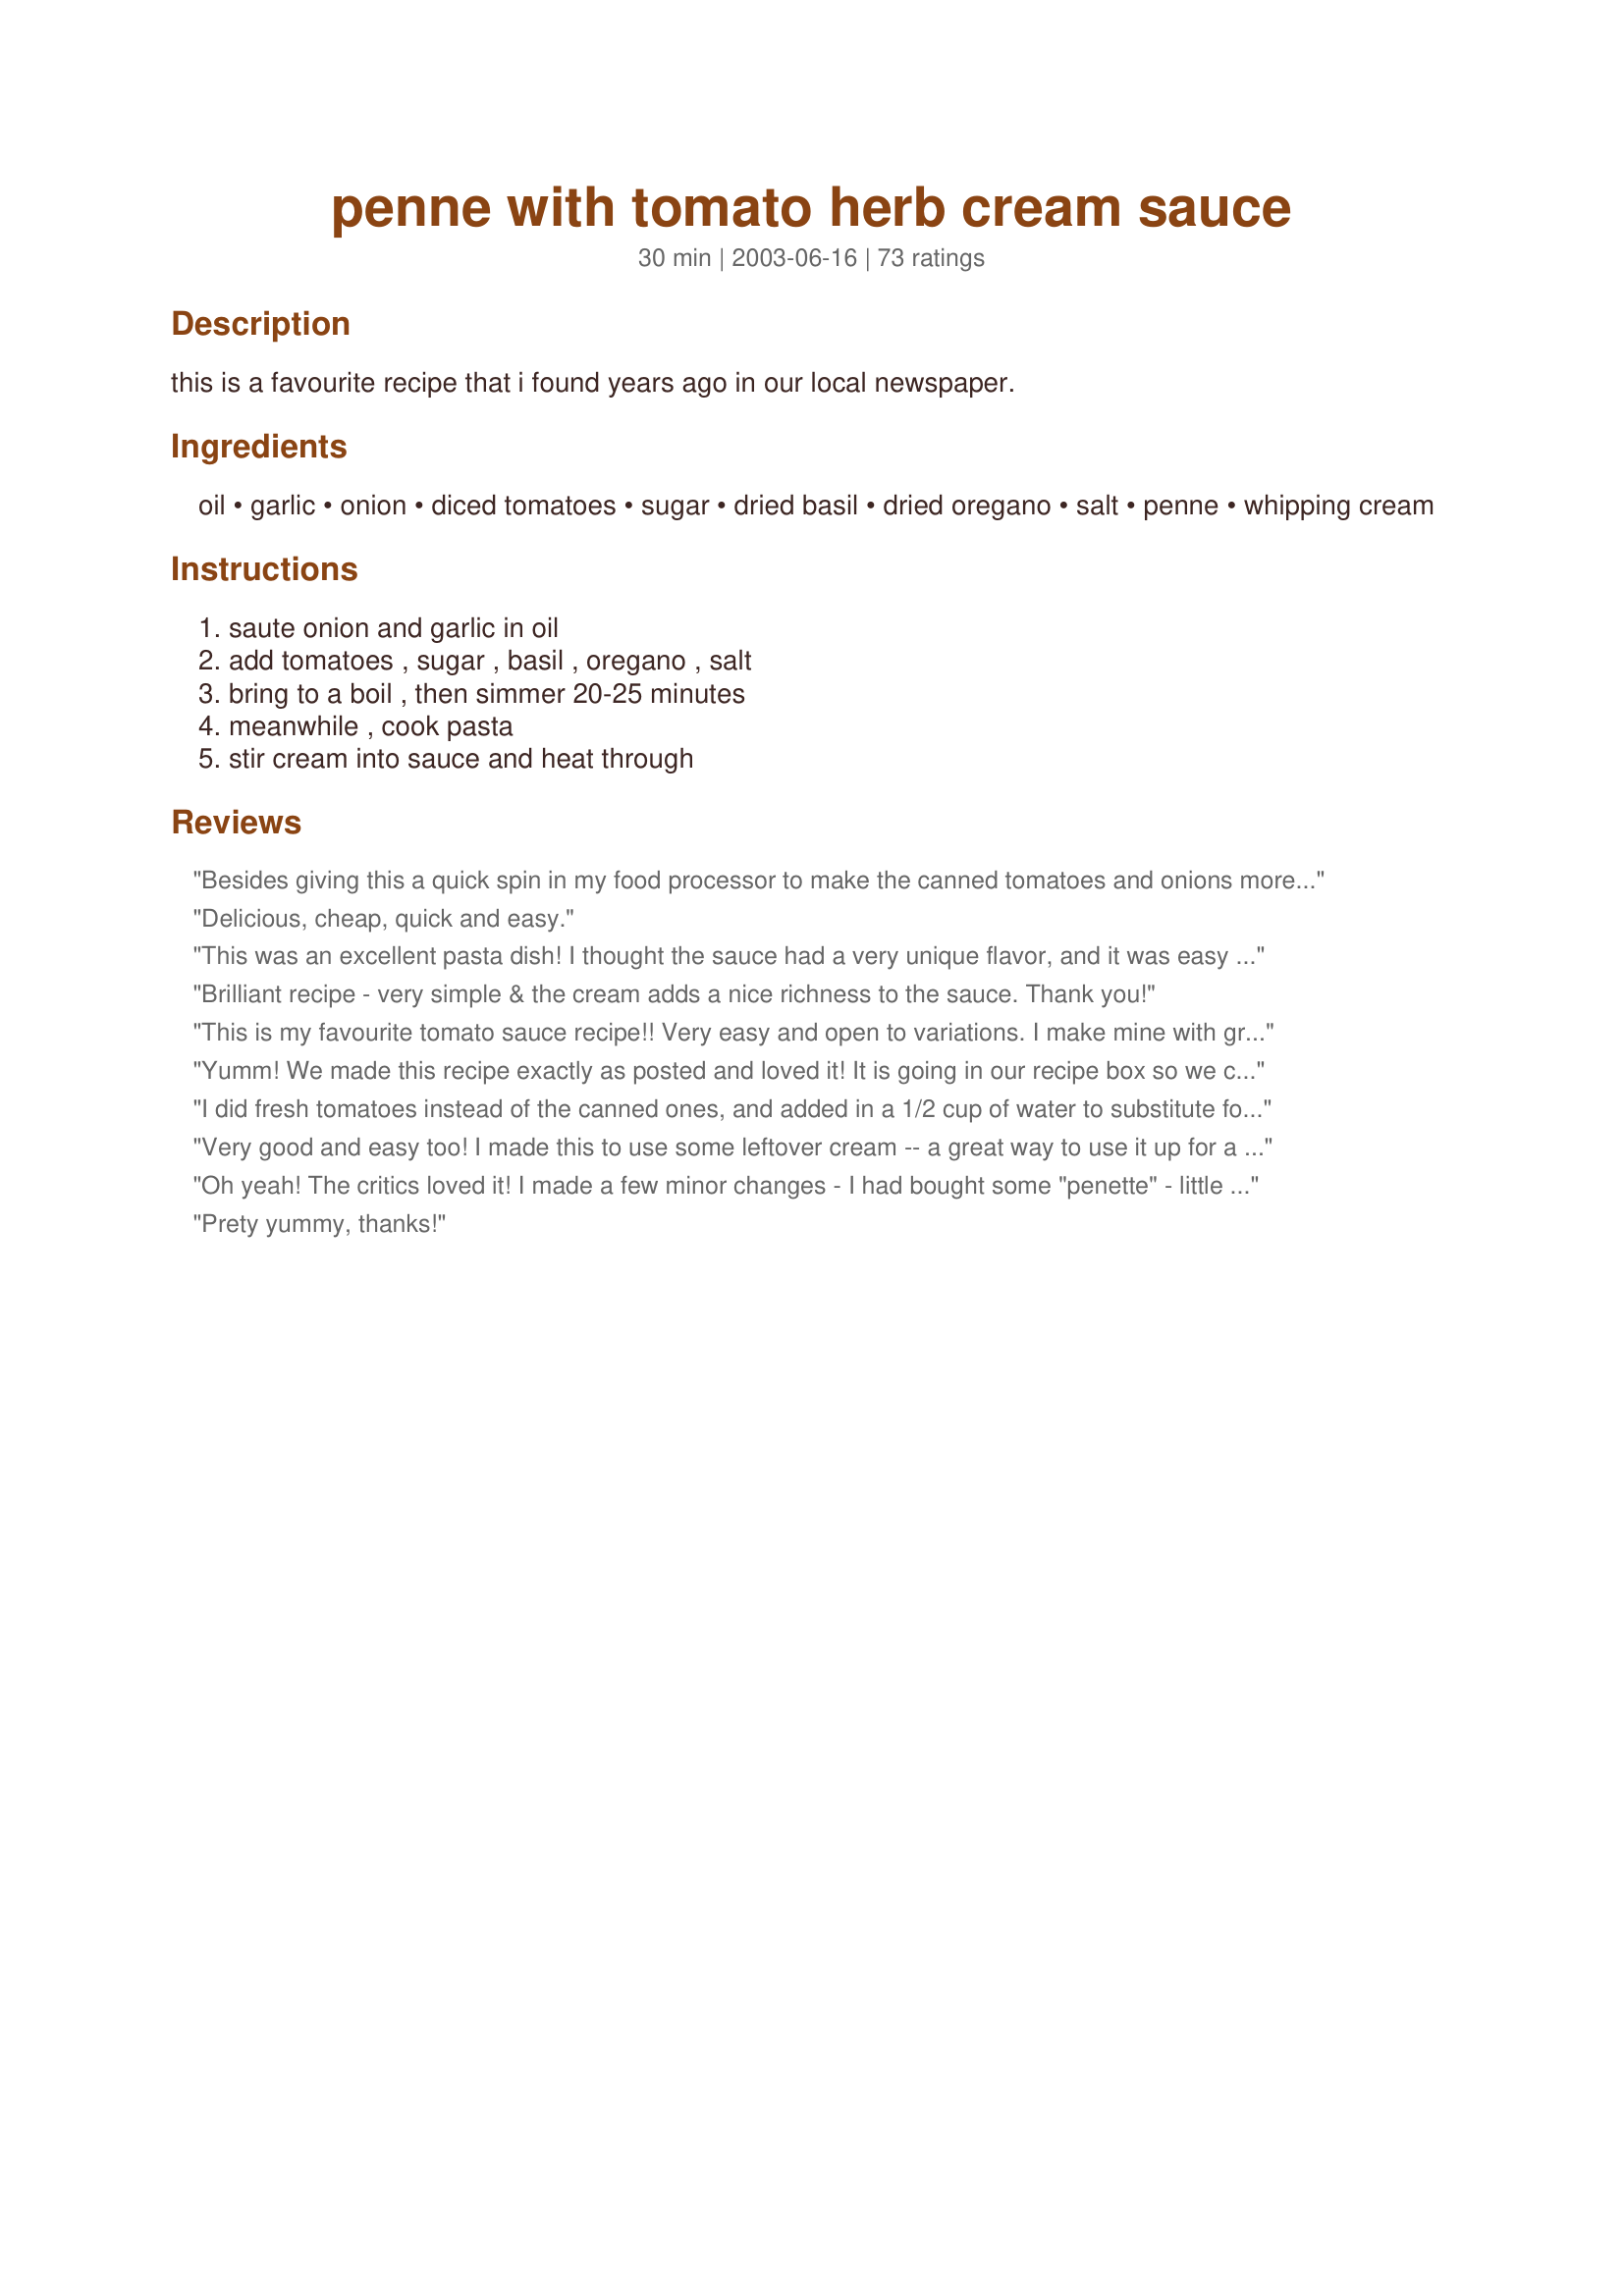
penne with tomato herb cream sauce
Preparation time: 30 minutes

this is a favourite recipe that i found years ago in our local newspaper.

Ingredients:
oil, garlic, onion, diced tomatoes, sugar, dried basil, dried oregano, salt, penne, whipping cream

Steps:
saute onion and garlic in oil, add tomatoes , sugar , basil , oregano , salt, bring to a boil , then simmer 20-25 minutes, meanwhile , cook pasta, stir cream into sauce and heat through

Reviews:
Besides giving this a quick spin in my food processor to make the canned tomatoes and onions more uniform in size, I left out the 1/2 tsp salt because DH is watching sodium intake, and I only put whole milk (instead of heavy cream) in 1/2 of the recipe, then did a taste test. YUMMY! I like it better with milk and, wouldn't you know, DH likes it better without. Neither of us missed the salt at all. We only got about four servings of sauce -- guess we're more generous than other folks -- but there was plenty of pasta for our young boys who prefer their noodles plain. I'll make this often on "Meatless Mondays." 
Update: Just realized I only used 14.5 oz of tomatoes. No wonder I had less sauce! Still yummy, anyway!
Delicious, cheap, quick and easy.
This was an excellent pasta dish! I thought the sauce had a very unique flavor, and it was easy to make. I will definitely keep this one around! Thank you, Lucy, for sharing such a great recipe!
Brilliant recipe - very simple & the cream adds a nice richness to the sauce. Thank you!
This is my favourite tomato sauce recipe!! Very easy and open to variations. I make mine with ground beef, sauted onions, and mushrooms. Everyone I've made it for says it's the best they've ever had. Thanks lucy k!
Yumm! We made this recipe exactly as posted and loved it! It is going in our recipe box so we can make it again and again. Thanks for posting such a wonderful recipe!
I did fresh tomatoes instead of the canned ones, and added in a 1/2 cup of water to substitute for the canned stuff. I did everything else as directed, but substituted whole milk for the heavy cream. I also put parmesan on top.

It tasted ok, but kind of bland (until I put some more parmesan on and some more salt). It also came out watery. I guess I shouldn't have added water and actually used cream instead of whole milk. I'll have to try again and follow the recipe this time.

Otherwise easy to make and fairly healthy!
Very good and easy too! I made this to use some leftover cream -- a great way to use it up for a very enjoyable dinner. Next time I may use a blender to make a smoother sauce but great just the way it is. Thanks for posting!
Oh yeah! The critics loved it!
I made a few minor changes - I had bought some "penette" - little penne, so I used 1 can petite diced tomatoes. The rest according to the recipe, until I tasted it after I added the cream. Added a little more cream, a little more oregano, a chicken boullion cube, and a little Parmesan. It passed all taste tests here! My idea is to make it as a main course some night with bread and a salad. Tonight it was BBQ chicken and freash cantelope.
THANKS TO YOU!
Prety yummy, thanks!
This is great!!!
A must try...
I made this for myself one night, to use up some tomatoes I had in the fridge. It was delicious. I also cheated and added extra veggies, just some mushrooms and capsicum I also had to use up. Because I made it only for myself, I stored the extra sauce in the fridge to use the next day. My fiance however got to it first and ate it with chicken. He also thought it was delicious. Great recipe, thanks lucy k!
Very good flavor, easy to make. I used onion powder instead of onions and let it brown a bit for a roasted onion flavor. In the future I think I'll use crushed tomatoes instead of diced ones.
EXCELLENT :) I added some diced chicken breast. very filling.
Just finished my serving of dinner - YUMMY!! The only changes I made was brown sugar for the white (I am out of white) and I used sour cream. Super! For the kids (3 & 5 yrs old), I spooned some into a bowl, and used my hand blender to puree their servings; sprinkled with parmesan, and they devoured it! Thank you!!
Wow, this recipe was SUPER EASY and extremely tasty! I was worried that there wasn't going to be enough salt, but the flavoring was excellent. It is a wonderful vegetarian dish. The sugar adds just the right touch! I only used one can (14.5 oz) of cut tomatoes because it is all I had on hand and I used 12 oz of pasta. Everything was perfect. I mixed the pasta with the sauce and served it that way along with parmesan cheese. We will definitely be making this one again! It would be a pefect recipe if you needed to use up some cream because you don't need too much for it. We loved it! Thanks for sharing!
I made this for my family and they loved it! The leftovers got eaten up by the next night.

I substituted gourmet tomato sauce with basil and oregano for the tomatoes, sugar, and spices.

It turned out wonderfully and had a nice Italian flavor.
This was a very good pasta dish - but I have to say - the cream really didn't add all that much to it...Tasted almost the same before the addition as it did after. A very good quick, basic red sauce though...Thanks!
I used the concept of this recipe and came up with a really nice pasta sauce. My only comment would be to use more garlic. Also....did you know that you can use leftover whipped cream? I did not have enough cream, so I used some canned whipped cream and.... (gosh, darn!!!) didn't it work!!!
The best pasta dish ever!!! My whole "picky" family loved it and we don't eat a lot of pasta. Thks lucy k.
This was delicious - I was looking for a sauce for a special meal, but b/c of time constraints, it needed to be very easy and fast. This hit the mark! It's a nice, simple red sauce, and adding the cream makes for a nice finishing touch. The sauce would be great w/o it, but the cream really adds a smoothness and richness to make it feel just a bit more like a special meal type of dish - a notch up from the every day marinara. Everybody really enjoyed it. I didn't do much different - but I did use loads of fresh basil, instead of dried, and threw in a couple extra cloves of garlic and some red pepper flakes. I also added some freshly grated Parmesan at the end. This paired very nicely w/ "Italian Baked Salmon" (recipe #272021), some homemade Italian bread, and steamed broccoli. A real winner of a meal! My only complaint is very minor - it's probably just me - but I didn't care for the pasta leftovers the next day... loved it the first, not so much the 2nd. Unsure why - I normally love leftover pasta. But nonetheless, this is a great sauce!
This has become one of our favorites! I do add another cup of pasta as we don't like as much sauce as most others. Thanks for a great easy recipe.
Simple and delicious. I love the diced tomatoes and the texture they provide, reminds me of rustic sauces made by crushing tomatoes in the hand. I added some grilled Italian sausage. After adding the cream, I also added a 1/4c. or so of fresh chopped basil, oregano and thyme, which provided some additional color. And parmesan is a must. Very enjoyable.
This dish is amazing. I forgot to add the cream at the end, but it still tasted great. I also added some chicken into the mix when I was finished to give it some added protein. I highly suggest this to anyone.
57 people can't be wrong!! ;) Loved this - made this for a quick weeknight dinner and everybody enjoyed it! Didn't use whipping cream - used low-fat milk - sure it's even tastier with real whipping cream!! Thanks Lucy! :)
I made this dish for dinner tonight. It was delicous and easy and everyone loved it. I used extra garlic in place of the onions. I also used whole tomatoes. I put them in a big bowl with the spices and crushed it all together with my hands. I followed your excellently written directions and we ended up with a wonderufl meal. We will have this dish often, thanks for posting.
Wow! I prepared this recipe using fresh tomatoes (from my garden!) and doubled the recipe. The sauce was so incredible I didn&#039;t even use the cream because it was so delicious au natural. The only I change needed--being that my fresh tomatoes were so much more juicy-- I simmered for a couple of hours, but the smell was amazing the whole time! The recommended seasoning was perfect (I did use extra garlic as did other reviewers and a splash of balsalmic vinegar) and oh so delicious! Thank you soooo much for sharing! This really is an amazing recipe!!
This was delicious and very easy! I bet it would be nice with 1 1/2lb of browned hamburger or sausage in it!! Will definiately make this again!
This is exactly what I was looking for the other night. I added about 1/4 t of red pepper flakes because I like a little heat and I even splurged and used whipping cream (I usually use half and half). Good simple tasty pasta. It is so easy to make sauce, I hate buying it from a jar and this was fantastic with the cream added! For me this was probably enough sauce for 1 lb of penne but I guess it depends how saucy you like your pasta.
YUM!! I accidently poured in the whole carton of whipping cream (1 cup instead of 1/2 cup) and it was a little soupy, but not too much. This was amazing with a great taste! We will definitely have this again.
This is one of the best pasta recipes I have ever had-this tastes like a $20 dish from Olive Garden. Even my hubby who has to have meat in everything liked this vegetarian dish. I LOVE IT!!!
My husband and I love this recipe! It has such good flavor and is so easy to make. I made a few adjustments based on personal taste, but nothing dramatic. I will certainly be making this recipe for a long time to come!
Excellent recipe... accompanies almost anything well... thanks for the post!!!
What a wonderful, versatile recipe!! I used 1 (14.5 oz) can Italian seas tomatoes since it was just the 2 of us, but I bumped up the seasonings big time: added 1 tsp Italian seas, 1/2 tsp oregano & basil, garlic & onion powder for the minced garlic & onions. I actually simmered this, covered, and used fat free half & half for the whipping cream. Next time I may only half the amt as directed b/c I think that amt would be enough for us--personal preference. I seasoned our mini whole wheat penne w/ a little light butter, parm & oregano. I stirred in 1 tbsp grated parm cheese into the sauce at the end of cooking time, too--yes, I read through the 70 plus reviews & they were helpful! A great vegetarian meal. I think hubby would prefer this w/ turkey meatballs, tho, but he ate his whole bowl! It had a slight sweet taste that reminded me of Italian restaurants! Thanks so much for sharing!
Great recipe! I used fresh tomatoes & organic zero in place of the sugar. Also substituted 2% milk & plain yogurt for the whipping cream. I think this would be great with spinach added. It seemed to need just a touch of something more to make it outstanding. Even better the next day when the flavors had a chance to meld.
I enjoyed this one, though my companion found it a little bland. Next time I will try it with fresh tomatoes instead of canned.
Wonderful addition to a steak dinner. Great taste and worth making this recipe part of our family regular meals. Thanks.
This was delicious! I must say that it exceeded my expectations. The cream took it over the top for us. Next time I think I would add some extra garlic, and I think we would like it if there was just a little less tomato. It was terrific just the way it was, however, and we thank you for the recipe!
Dianne
i made this for dinner tonight. WOW! It was super quick, and super tasty!! I made it as a side with a baked chicken. Since i had 30-40 minutes to wait on the chicken, i had time to make a side. My pantry is pretty bare but i had one can tomatoes left. It made a great sauce and BF even sopped it up with the chicken. Will definitely be kept! Thanks for sharing something so simple.
Relatively fast, easy, and good! I used 1% milk so the sauce was rather thin but still tasty. It's a nice recipe for my non-meat eating friends or for meatless nights. Next time I'm thinking of serving it with some steamed asparagus on the side. Thanks so much for sharing.
Really good recipe! Quick and easy to make and full of flavour..will make this again..thanks for sharing.
I served warmed with crusty rolls.
I think people over exaggerate when they rate recipes on this site! I loved this dish, but it wasn't 'outstanding' like I'd pick it for my last meal, though it certainly was delicious! I reduced the recipe for 2 servings, and I ended up doubling the garlic cloves and the whipping cream, and I also added about 1/2 cup of sundried tomato. It was fantastic!
This was yummy, it was a great weekday meal, I actually cooked it up the night before and had it for lunch at work.

quick easy yummy meal.
From now on I'm going to refer to this recipe as "the best pasta ever." Next time I'll use a little more garlic and salt but there's not much else I would change. GREAT RECIPE
I'm so glad I came across this. This is easily one of the best pasta dishes I have ever made. The only change I made was using thyme instead of oregano and that was only b/c I realized I didn't have any oregano. :) Yummy!
Good. Added some herb cream cheese too.
Excellent recipe! So easy to make and delicious! My husband loved it, even though he does not normally like pasta. I used milk instead of cream (did not have cream). The sauce had nice full flavor - I can just imagine how good it is with cream! Thanks for the recipe, Lucy!
I made this last night and was plesantly surprised with the outcome. The sauce was very good wtihout the cream but I enjoyed the richness that it added. I also added a few tablespoons of grated romano cheese to the sauce and lots of extra garlic. I have lots of leftovers since there are only two of us but that is okay, I'll eat them for lunch today! Thanks for posting!
You don't really need any more stars or reviews but I made this for guests and topped it with grilled chicken and grated asiago cheese. I put it on the table in a large shallow oval serving dish and it made a very nice presentation. Thanks for the recipe. I will make this dish again very soon!!
I'm fairly new to this site, have posted some recipes & reviewed some I already used or had tasted thx to SusieQusie. BUT I made this dish for my 1st real "tryout". It got 2 thumbs up from my hubby & me & is so versatile. He was grilling lamb & I wanted a combo pasta & veggie dish to complete the meal. I added carrots, mushrooms, fresh & sun-dried tomatoes, a little ketchum for added color, cream cheese & milk (no sugar) before adding real Parmesan at the end. Yum!
Very hearty and lite spring time dinner. Thank you for sharing.
this was very good, but I need to warn you about the pasta to sauce ratio. I'd want more sauce, less pasta, some of my pasta was lacking in sauce because followed the amounts on the recipe directly.
Delicious! I used fresh herbs and added a splash of red wine and hot sauce. Suggestion for leftover sauce: Add milk and VOILA! You have an awesome cream of tomato soup! (although you're not likely to have leftover sauce since it's so good!)
I have to say, this was incredible. It tasted just like having a great pasta/tomato dish at a nice resturant. I used fresh tomatoes from the garden, and followed the directions completely. My picky hubby actually said 'its a definate keeper' and we ate the whole thing. Great recipe!
Well I hate to give away my age but I use to make this back in 1989 for years then I lost the recipe in one of my moves...I just found it recently and then I found it on here....this is just the best ever tasting meal I have had....my family loves it...will pass it on to my friend as I think her husband will be loving it like we all do....thanks for posting lucy...safe keeping now for me.....
Simply DELICIOUS.... and couldn't be easier to make! Wouldn't change a thing.
I made this for dinner last night and also made kittencal's meatballs. I served it with garlic bread and ceasar salad, and it was wonderful! Probably a little too much onion for my kids' taste...but they still ate it up and said it was good. My BF and I both loved it! Thanks for the great recipe!
This is about the fourth time I have tried to make a good blush sauce, and this recipe is the best one I have found! I did think the sauce was a little bit too thick though, but other than that it was great!
This was pretty good sauce. Next time I will drain the tomatoes or pasta sauce instead.
AMAAAAZING!!! I used fresh tomatoes, didn't have an onion so I just used onion powder and I added some red pepper flakes.... but it's my FAVORITE new pasta dish!
Delicious and almost as easy as opening a jar of Ragu!
My WHOLE family ate this up and wanted seconds! I doubled it the second time so there were leftovers for them. Thanks for posting such an easy, TASTY pasta sauce.
hello lucy k, what a nice sauce this makes! ;) I made a few changes because of personal preference - omitted the basil and used Italian seasoning, used some Tabasco sauce, & used white wine with the tomatoes, other than that we had a wonderful meal - with your excellent dish, a green salad and a loaf of Italian garlic bread with a mixture of Parmigiano & Pecorino on the side for serving. Thanks for sharing, Diane :)
This recipe is definitely a keeper! I was amazed that such a simple recipe could taste so good. The whipping cream is really a must in my opinion. It adds a rich creamy flavor. My husband and two boys went back for seconds so there were no leftovers! This is one that I'll make over and over again.
Delicious. Loved by all, even the baby.
My onion was on the larger size and we always double the garlic in any recipe. The flavor wasn&#039;t s strong as we had hoped so next time we may double all of the other seasonings as well. This is a fairly quick meal, that is easy to make, and tasty too!
This was good. Next time I will add crushed red pepper and maybe some vodka to give it a little kick.
Ive made about 5-6 pastas with cream sauce from Recipezaar, but I think this one is the best, so far. Ill definitely make this one again! Thanks a lot for posting.
The herb and spice measurements are perfect, I added 2cups sliced mushrooms and used half and half cream and used three quarters of a cup for the cream substitution to reduce the calories. I also cooked the noodles el dente and added them to the sauce for the last 15 minutes. Very tasty!!
I was surprised at how very flavorful, this sauce was, and it was so simple to make! I will be keeping this recipe as my go-to tomato-cream based sauce.
This recipe was wonderful! So simple and flavorful that I'm sure we'll make it many more times. We added some fresh grated Parmesan to the top and served it with cheesy garlic toast. Yummy!!! I'm looking forward to the leftovers for lunch today :)
I can't believe I have paid $10+ for something like this at a restaurant when I can make it for maybe a $1.50 a serving. This is really really good. DH calls this 'killer' which I know means great things. I would reccomend using fresh tomatoes or draining some of the liquid off of a high quality brand of diced tomatoes. I made the mistake of using a store brand, so this sauce could have been even better!
This turned out super..but we added some mild sausage..so much for meatless monday..lol..the sauce was creamy and just perfect..Thanks
